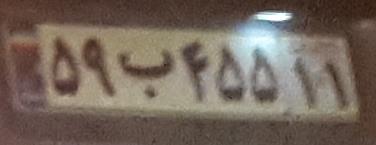
۵۹ب۴۵۵۱۱